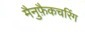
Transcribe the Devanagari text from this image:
मैनुफ़ैकचरिंग